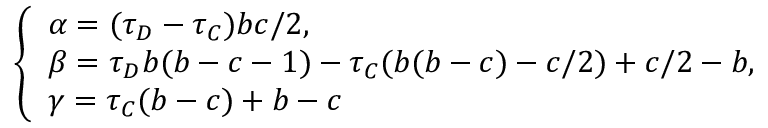
\left\{ \begin{array} { l l } { \alpha = ( \tau _ { D } - \tau _ { C } ) b c / 2 , } \\ { \beta = \tau _ { D } b ( b - c - 1 ) - \tau _ { C } ( b ( b - c ) - c / 2 ) + c / 2 - b , } \\ { \gamma = \tau _ { C } ( b - c ) + b - c } \end{array} \right.